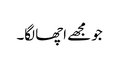
جو مجھے اچھا لگا۔